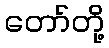
တော်တို့